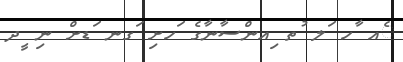
ެއ ާހ ަލ ުތ ިއންސާނާގެ ަހށި ަގނ ަޑށް ނި ީދ